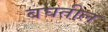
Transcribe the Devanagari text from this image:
बघतील